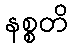
နစ္စတိ